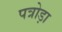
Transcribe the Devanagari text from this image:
पत्रोड़ा